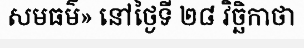
សមធម៌» នៅថ្ងៃទី ២៨ វិច្ឆិកាថា